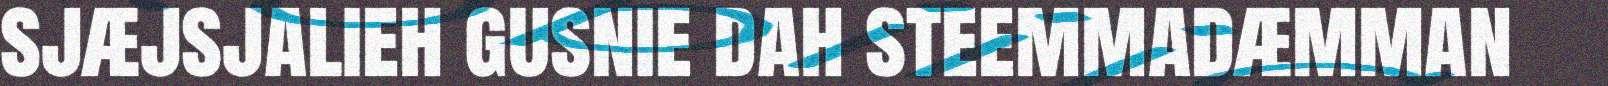
sjæjsjalieh gusnie dah steemmadæmman